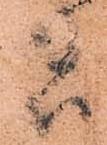
者